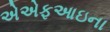
એએફઆઇના